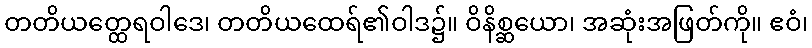
တတိယတ္ထေရဝါဒေ၊ တတိယထေရ်၏ဝါဒ၌။ ဝိနိစ္ဆယော၊ အဆုံးအဖြတ်ကို။ ဧဝံ၊